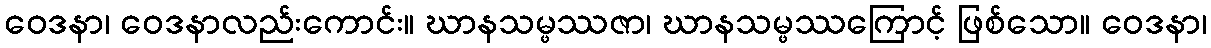
ဝေဒနာ၊ ဝေဒနာလည်းကောင်း။ ဃာနသမ္ဖဿဇာ၊ ဃာနသမ္ဖဿကြောင့် ဖြစ်သော။ ဝေဒနာ၊